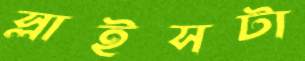
স্লাইসটা